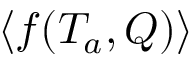
\langle f ( T _ { a } , Q ) \rangle